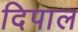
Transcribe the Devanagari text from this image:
दिपाल